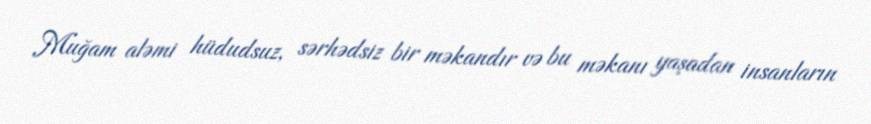
Muğam aləmi hüdudsuz, sərhədsiz bir məkandır və bu məkanı yaşadan insanların